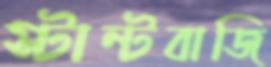
স্টান্টবাজি